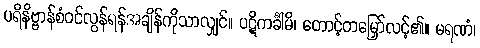
ပရိနိဗ္ဗာန်စံဝင်လွန်ရန်အချိန်ကိုသာလျှင်။ ပဋိကင်္ခါမိ၊ တောင့်တမြှော်လင့်၏။ မရဏံ၊